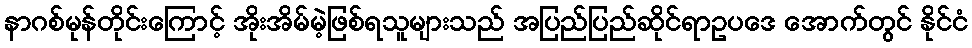
နာဂစ်မုန်တိုင်းကြောင့် အိုးအိမ်မဲ့ဖြစ်ရသူများသည် အပြည်ပြည်ဆိုင်ရာဥပဒေ အောက်တွင် နိုင်ငံ